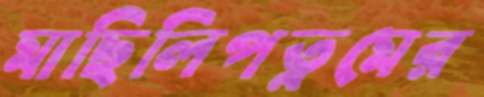
মাছিলিপত্নমের